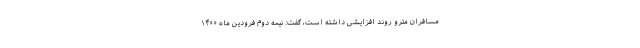
مسافران مترو روند افزایشی داشته است، گفت: نیمه دوم فرودین ماه ۱۴۰۰